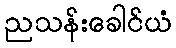
ညသန်းခေါင်ယံ